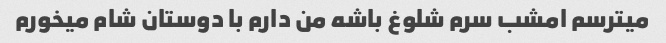
میترسم امشب سرم شلوغ باشه من دارم با دوستان شام میخورم